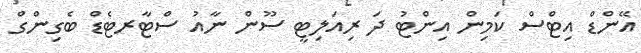
އޭންޑް އިޓްސް ކަމިން އިންޓު ދަ ރިއަލިޓީ ސޫން ނާއު ސްޓާރޓެޑް ބެގިންގް